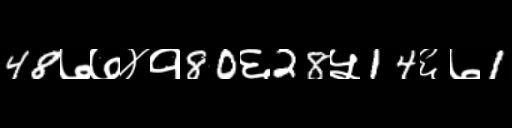
Text: 48७७४१80६28५14६७1